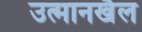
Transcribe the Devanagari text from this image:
उत्मानखैल